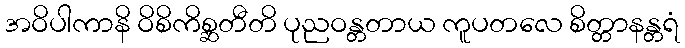
အဝိပါကာနိ ဝိစိကိစ္ဆတီတိ ပုညဝန္တတာယ ကူပတလေ စိတ္တာနန္တရံ